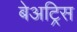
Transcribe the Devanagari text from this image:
बेअट्रिस